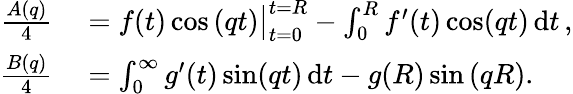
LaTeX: \begin{array}{rl}{\frac{A(q)}{4}}&{{}=\big.f(t)\cos\left(qt\right)\big|_{t=0}^{t=R}-\int_{0}^{R}f^{\prime}(t)\cos(qt)\, \mathrm{d}t\, ,}\\ {\frac{B(q)}{4}}&{{}=\int_{0}^{\infty}g^{\prime}(t)\sin(qt)\, \mathrm{d}t-g(R)\sin\left(qR\right).}\end{array}